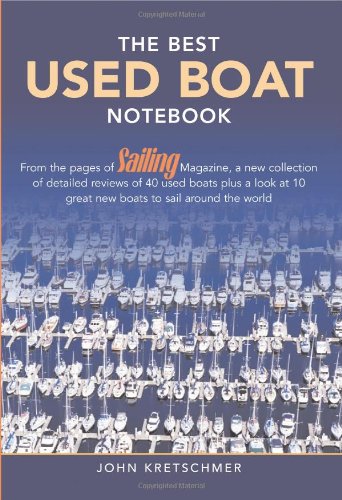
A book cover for The Best Used Boat Notebook: From the Pages of Sailing Mazine, a New Collection of Detailed Reviews of 40 Used Boats plus a Look at 10 Great Used Boats to Sail Around the World; John Kretschmer; Reference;